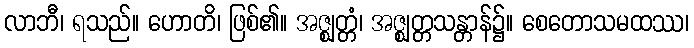
လာဘီ၊ ရသည်။ ဟောတိ၊ ဖြစ်၏။ အဇ္ဈတ္တံ၊ အဇ္ဈတ္တသန္တာန်၌။ စေတောသမထဿ၊